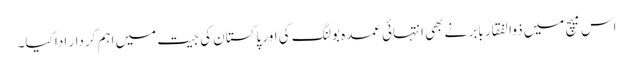
اس میچ میں ذوالفقار بابر نے بھی انتہائی عمدہ بولنگ کی اور پاکستان کی جیت میں اہم کردار ادا کیا۔